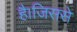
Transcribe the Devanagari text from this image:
है।जिससे